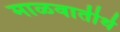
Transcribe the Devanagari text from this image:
माळवातीर्थ